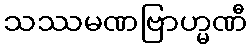
သဿမဏဗြာဟ္မဏီ